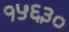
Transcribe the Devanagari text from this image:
१५६३०